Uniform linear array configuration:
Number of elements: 4
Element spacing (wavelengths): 1
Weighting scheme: kaiser
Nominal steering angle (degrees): -30
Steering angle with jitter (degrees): -29.606
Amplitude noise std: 0.05
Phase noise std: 0.05

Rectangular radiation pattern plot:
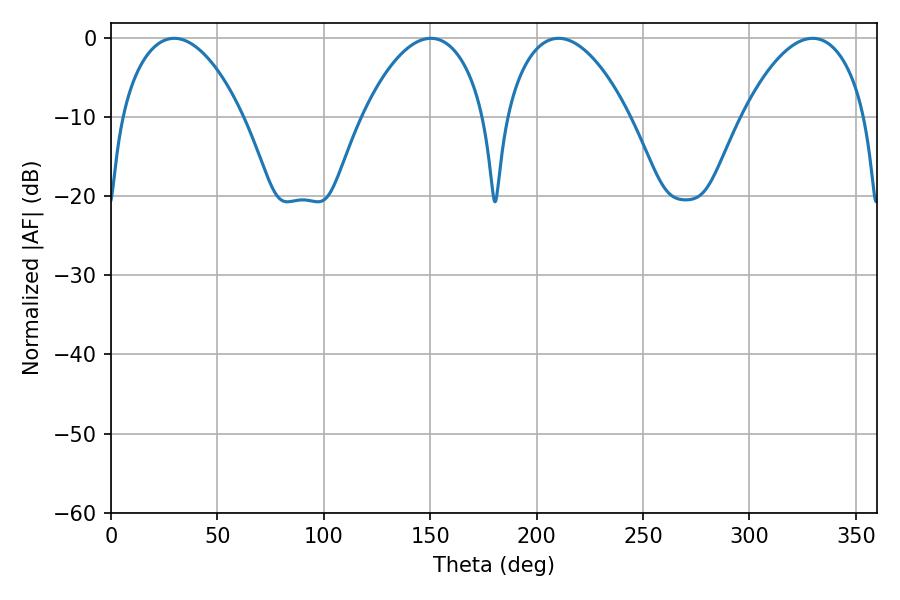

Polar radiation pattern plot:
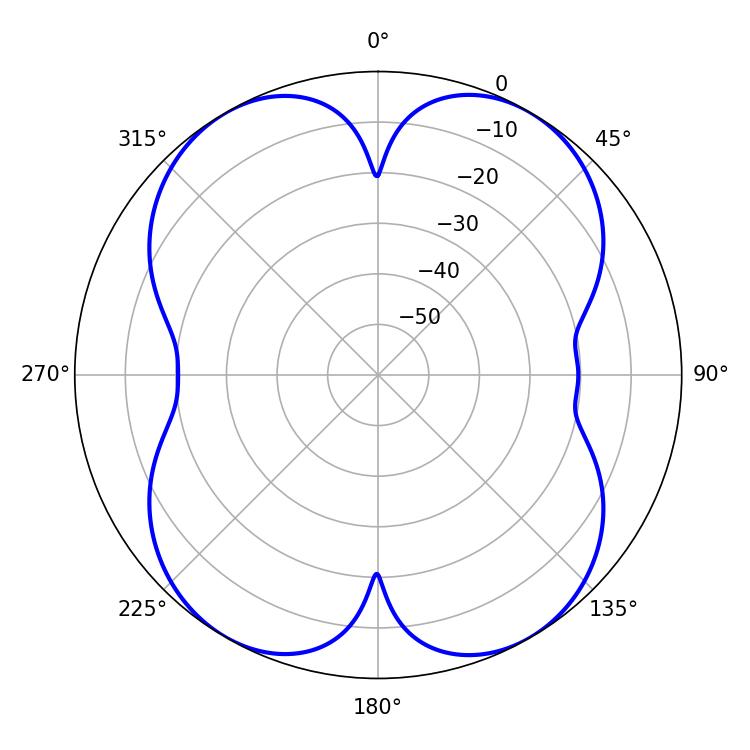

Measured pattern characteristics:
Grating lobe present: TRUE
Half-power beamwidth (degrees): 32.04
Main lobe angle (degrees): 29.7